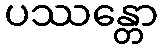
ပဿန္တော